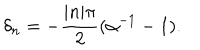
\delta _ { n } = - { \frac { | n | \pi } { 2 } } ( \alpha ^ { - 1 } - 1 ) .